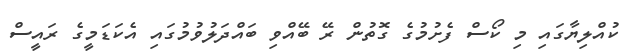
ކުއްލިޔާގައި މި ކޯސް ފެށުމުގެ ގޮތުން ރޭ ބޭއްވި ބައްދަލުވުމުގައި އެކަޑަމީގެ ރައީސް